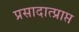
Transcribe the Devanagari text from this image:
प्रसादात्प्राप्त